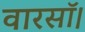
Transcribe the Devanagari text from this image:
वारसॉ।